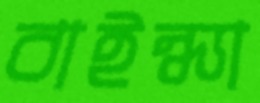
বাইন্ধ্যা